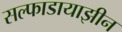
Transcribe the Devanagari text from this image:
सल्फाडायाझीन